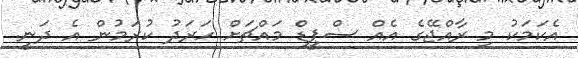
އެކަމަކު މި ރާއްޖޭގެ އެއް ސްޕީޑް މައްޗަށް ހަރަދު ކުރަމުން އެ ދަނީ.